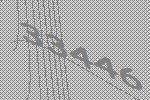
33446